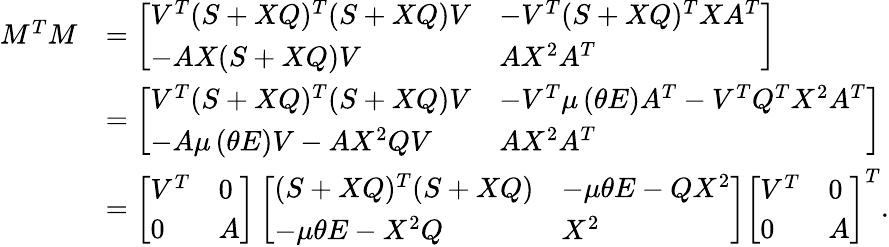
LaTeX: \begin{array}{rl}{M^{T}M}&{=\left[\begin{array}{ll}{V^{T}(S+XQ)^{T}(S+XQ)V}&{-V^{T}(S+XQ)^{T}XA^{T}}\\ {-AX(S+XQ)V}&{AX^{2}A^{T}}\end{array}\right]}\\ &{=\left[\begin{array}{ll}{V^{T}(S+XQ)^{T}(S+XQ)V}&{-V^{T}\mu\left(\theta E\right)A^{T}-V^{T}Q^{T}X^{2}A^{T}}\\ {-A\mu\left(\theta E\right)V-AX^{2}QV}&{AX^{2}A^{T}}\end{array}\right]}\\ &{=\left[\begin{array}{ll}{V^{T}}&{0}\\ {0}&{A}\end{array}\right]\left[\begin{array}{ll}{(S+XQ)^{T}(S+XQ)}&{-\mu\theta E-QX^{2}}\\ {-\mu\theta E-X^{2}Q}&{X^{2}}\end{array}\right]\left[\begin{array}{ll}{V^{T}}&{0}\\ {0}&{A}\end{array}\right]^{T}.}\end{array}